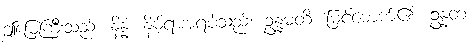
ဤမြေကြီးသည်။ နိန္နံ၊ နိမ့်ရာအရပ်သည်။ ဥန္နမတိ၊ မြင့်မောက်၏။ ဥန္နတံ၊